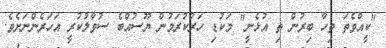
"ކީއްވެތަ ތިހާ ބިރުން ތި އުޅެނީ" މަކުޑި ހަރުކުރަމުން ޔޫސުއްބެ ސުވާލުކުރީ އަހަރެންނަށެވެ.